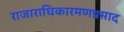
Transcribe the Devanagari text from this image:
राजाराधिकारमणप्रसाद